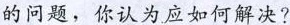
的问题，你认为应如何解决?